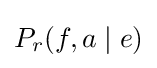
P_{r}(f,a\mid e)